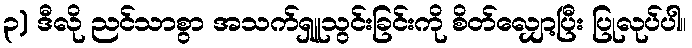
၃) ဒီလို ညင်သာစွာ အသက်ရှူသွင်းခြင်းကို စိတ်လျှော့ပြီး ပြုလုပ်ပါ။